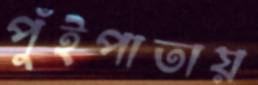
পুঁইপাতায়